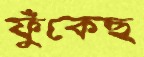
ফুঁকেছ